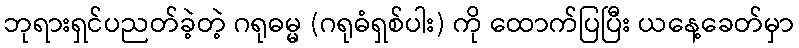
ဘုရားရှင်ပညတ်ခဲ့တဲ့ ဂရုဓမ္မ (ဂရုဓံရှစ်ပါး) ကို ထောက်ပြပြီး ယနေ့ခေတ်မှာ